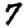
Digit: 7